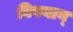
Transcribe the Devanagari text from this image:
विषयान्